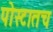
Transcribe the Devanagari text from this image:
पोस्टातच